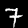
Label: 7